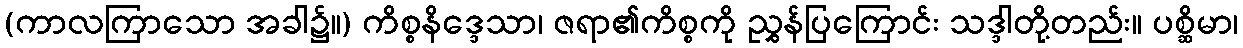
(ကာလကြာသော အခါ၌။) ကိစ္စနိဒ္ဒေသာ၊ ဇရာ၏ကိစ္စကို ညွှန်ပြကြောင်း သဒ္ဒါတို့တည်း။ ပစ္ဆိမာ၊